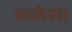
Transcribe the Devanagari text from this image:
कलेस।